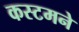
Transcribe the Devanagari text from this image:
कस्टमने